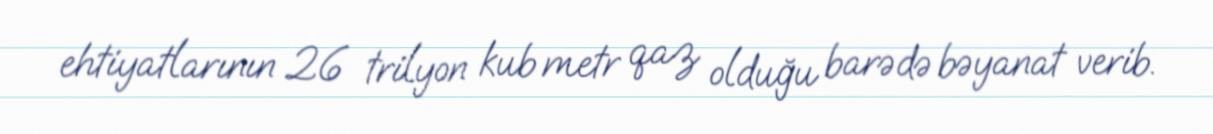
ehtiyatlarının 26 trilyon kub metr qaz olduğu barədə bəyanat verib.